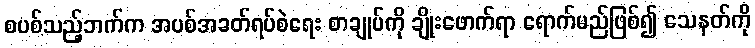
စပစ်သည့်ဘက်က အပစ်အခတ်ရပ်စဲရေး စာချုပ်ကို ချိုးဖောက်ရာ ရောက်မည်ဖြစ်၍ သေနတ်ကို